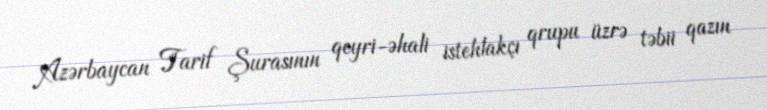
Azərbaycan Tarif Şurasının qeyri-əhali istehlakçı qrupu üzrə təbii qazın